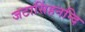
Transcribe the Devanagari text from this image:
जटासिंहनन्दि